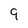
Character: 9